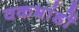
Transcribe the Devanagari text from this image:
वकभांडों